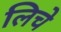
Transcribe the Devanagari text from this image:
लिचे